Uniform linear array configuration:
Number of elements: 64
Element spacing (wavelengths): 1
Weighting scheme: blackman
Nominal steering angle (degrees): -30
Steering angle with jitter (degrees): -31.259
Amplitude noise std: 0.05
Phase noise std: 0.05

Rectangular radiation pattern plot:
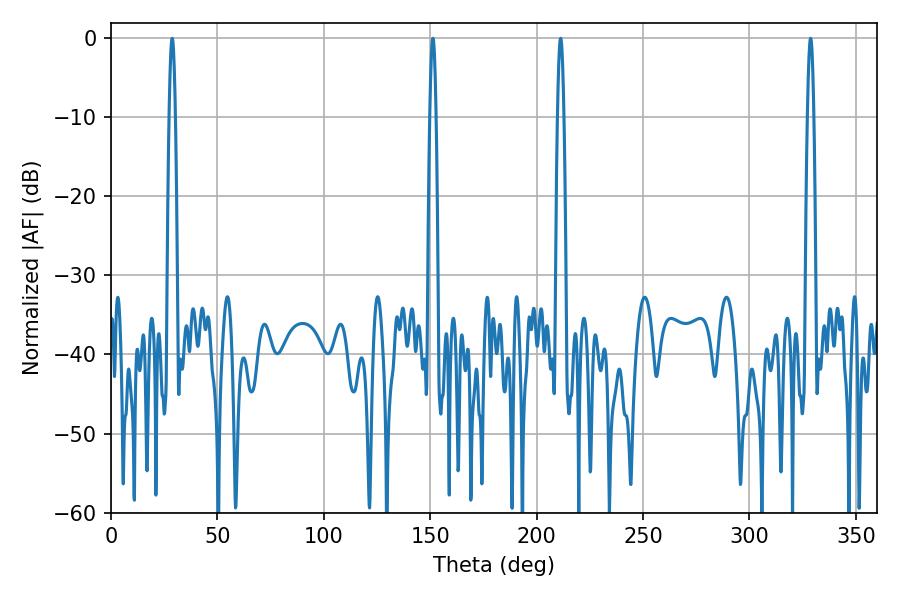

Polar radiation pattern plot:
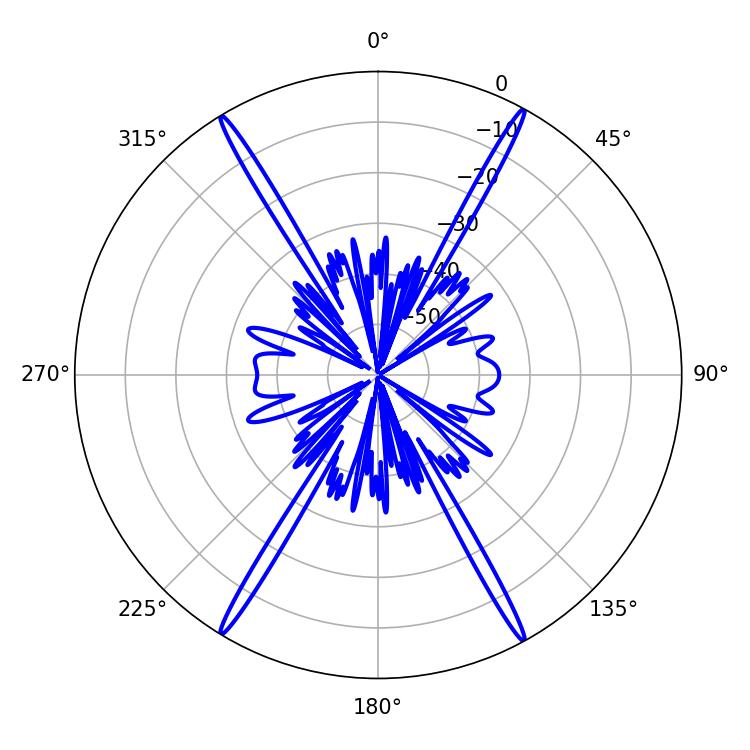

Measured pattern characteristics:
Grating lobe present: TRUE
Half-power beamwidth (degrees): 1.62
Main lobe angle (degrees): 328.68